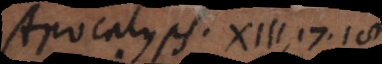
Apocalyps. XIII, 17, 18.